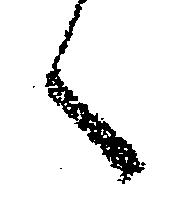
々